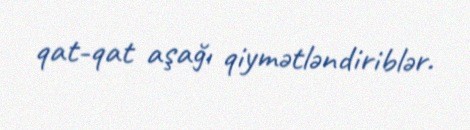
qat-qat aşağı qiymətləndiriblər.